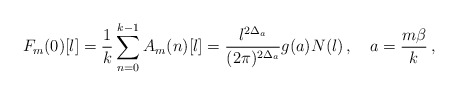
\begin{align*}F_m(0)[l]=\frac{1}{k}\sum\limits_{n=0}^{k-1}A_m(n)[l]=\frac{l^{2\Delta_a}}{(2\pi)^{2\Delta_a}}g(a)N(l)\,,\quad a=\frac{m\beta}{k}\,,\end{align*}